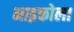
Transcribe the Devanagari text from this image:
माइकोला